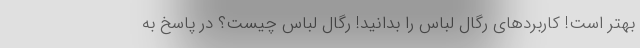
بهتر است! کاربردهای رگال لباس را بدانید! رگال لباس چیست؟ در پاسخ به